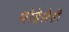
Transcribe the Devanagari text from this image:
थोडेसेही